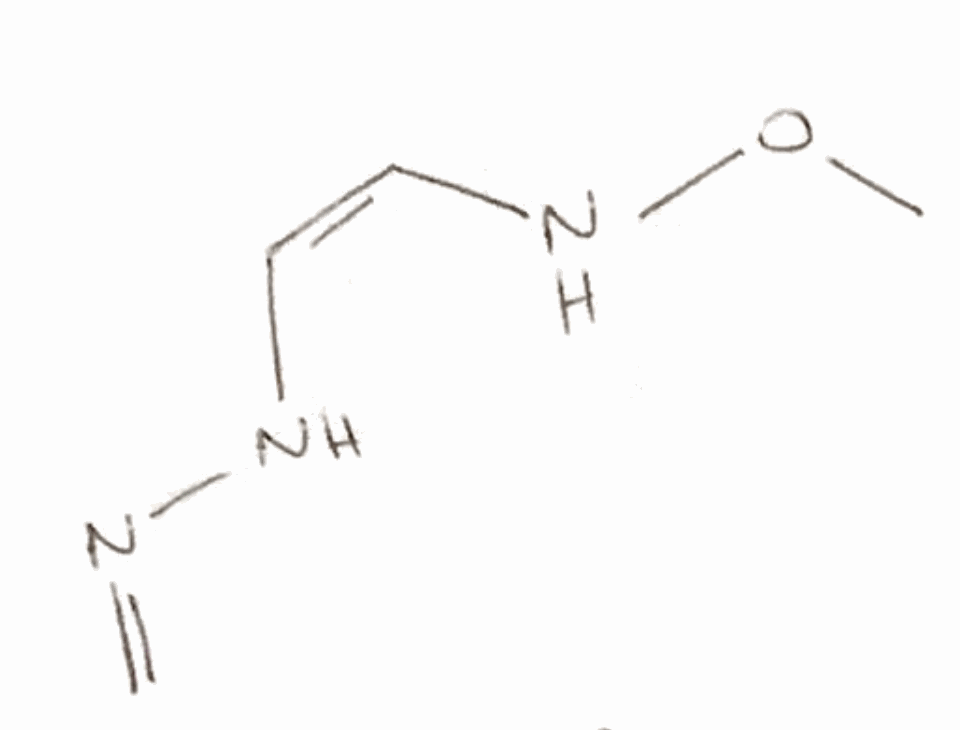
Simplified molecular-input line-entry system (SMILES) notation of the given molecule:
CON/C=C\NN=C